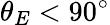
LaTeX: \theta_{E}<90^{\circ}